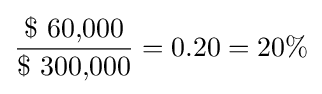
{\frac {\$\ {\mbox{60,000}}}{\$\ {\mbox{300,000}}}}=0.20=20\%